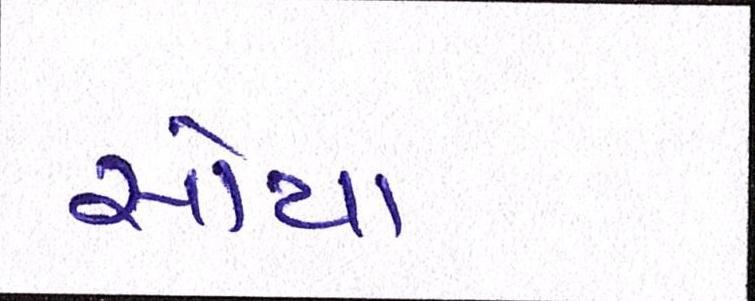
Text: સોયા